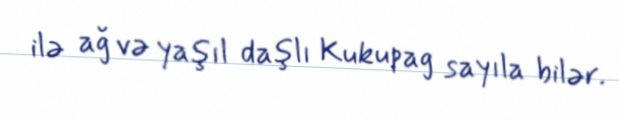
ilə ağ və yaşıl daşlı Kukupag sayıla bilər.